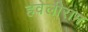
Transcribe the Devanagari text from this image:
हवेलीराम